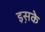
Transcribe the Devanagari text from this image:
इस़के